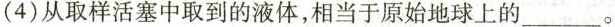
(4) 从取样活塞中取到的液体，相当于原始地球上的___。